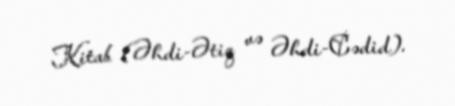
Kitab (Əhdi-Ətiq və Əhdi-Cədid).